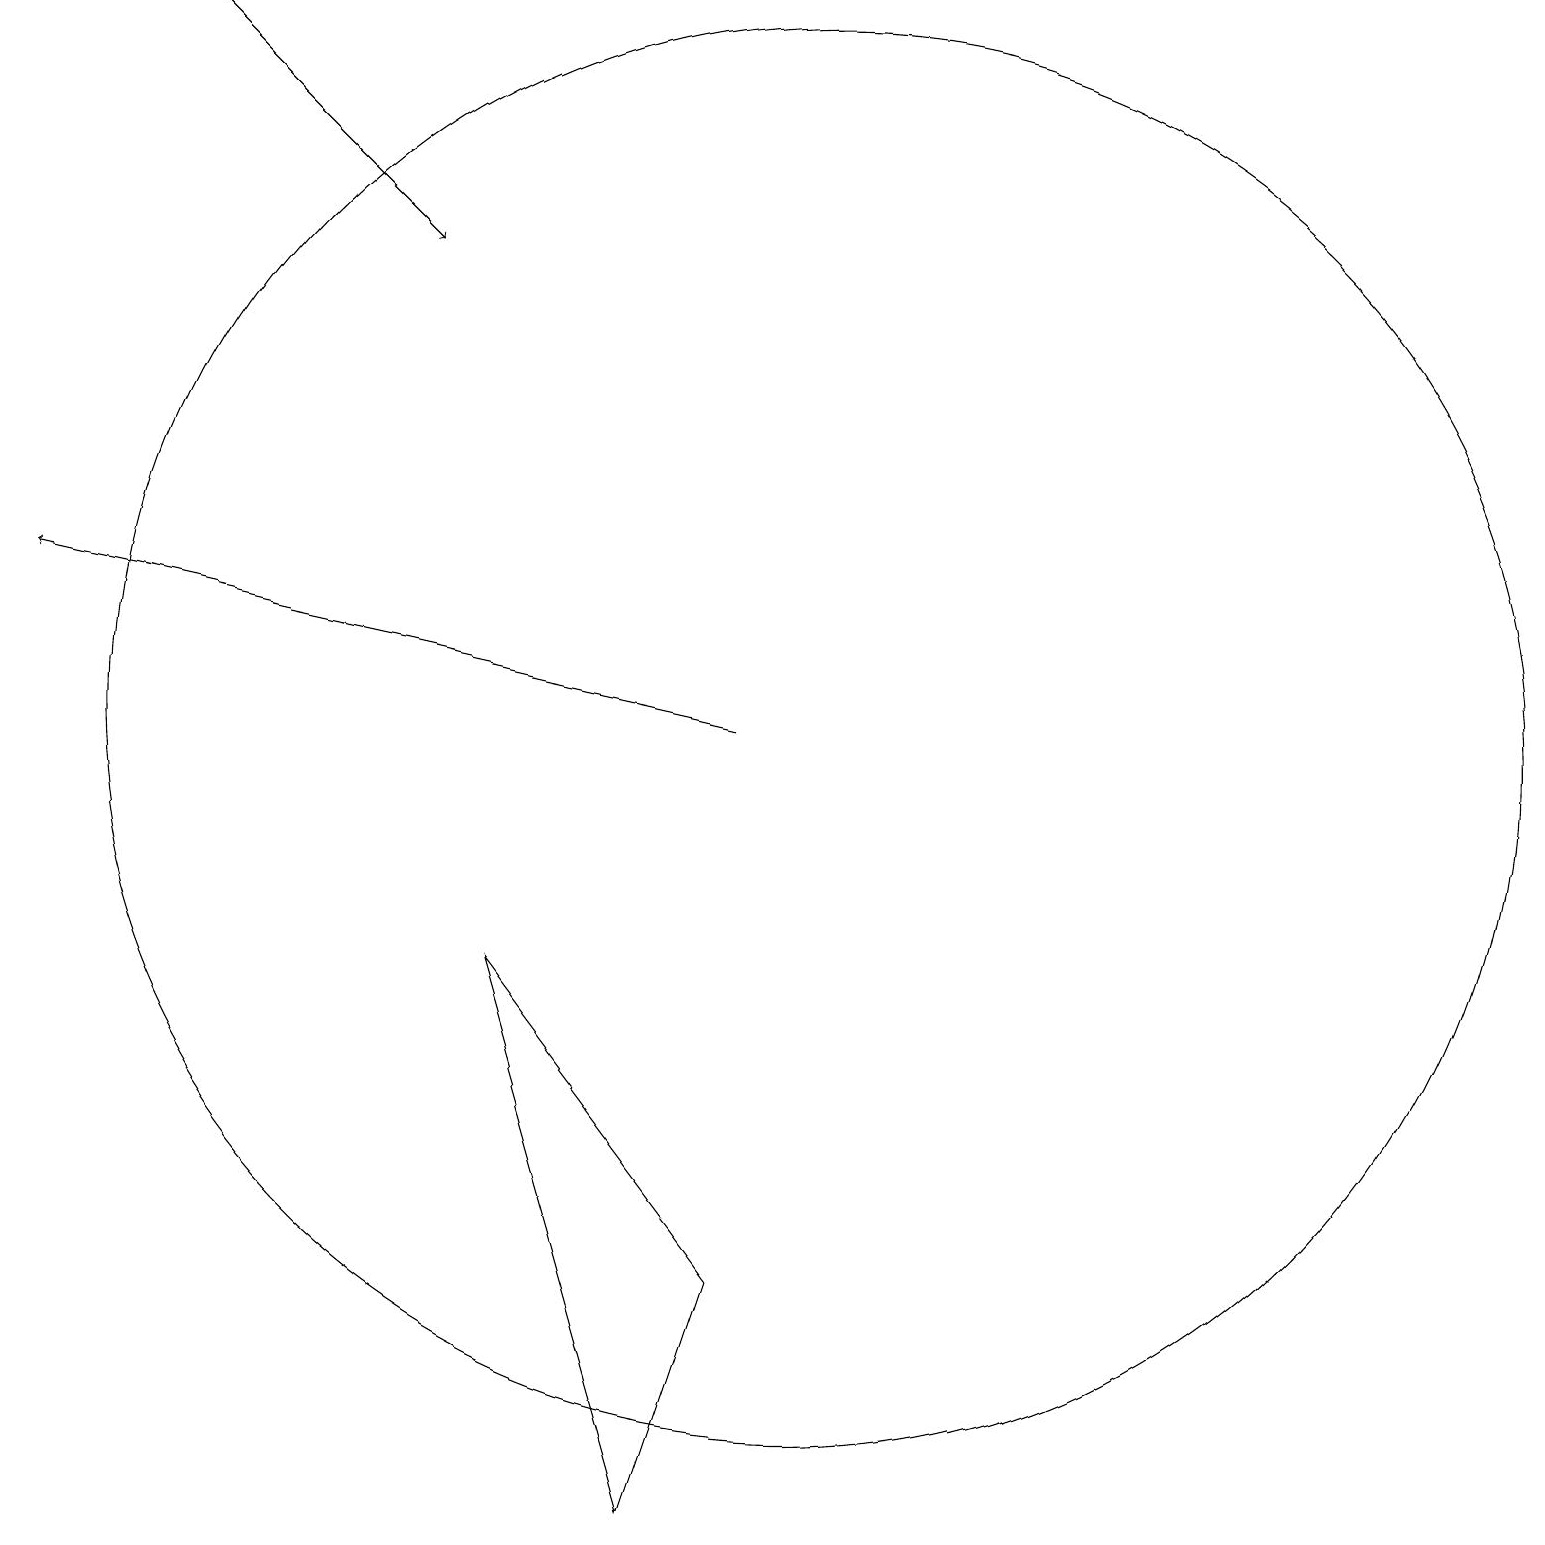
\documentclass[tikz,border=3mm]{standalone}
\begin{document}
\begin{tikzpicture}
\draw (8,0) -- (9,3) -- (6,7) -- cycle;
\draw[->] (9,10) -- (0,12);
\draw (10,10) circle (9);
\draw[->] (2,19) -- (5,16);
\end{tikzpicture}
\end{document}